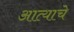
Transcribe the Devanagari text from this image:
आत्याचे